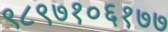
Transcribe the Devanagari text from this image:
९८९७१०६१७७